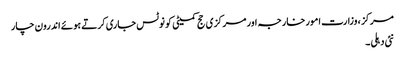
مرکز ، وزارت امور خارجہ اور مرکزی حج کمیٹی کو نوٹس جاری کرتے ہوئے اندرون چار
نئی دہلی ۔